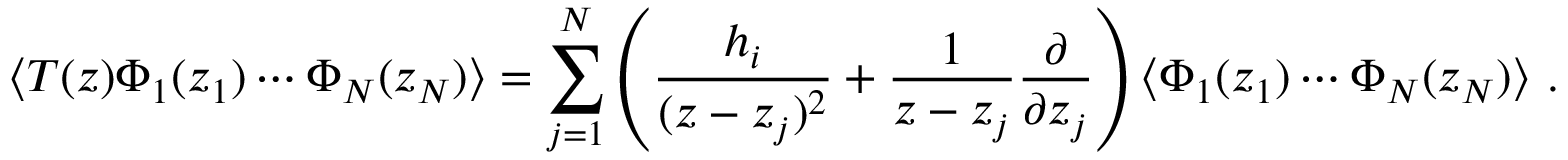
\langle T ( z ) \Phi _ { 1 } ( z _ { 1 } ) \cdots \Phi _ { N } ( z _ { N } ) \rangle = \sum _ { j = 1 } ^ { N } \left( \frac { h _ { i } } { ( z - z _ { j } ) ^ { 2 } } + \frac { 1 } { z - z _ { j } } \frac { \partial } { \partial z _ { j } } \right) \langle \Phi _ { 1 } ( z _ { 1 } ) \cdots \Phi _ { N } ( z _ { N } ) \rangle ~ .